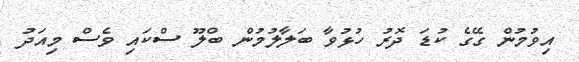
އިވުމުން ގޭގެ ކުޑަ ދޮރު ހުޅުވާ ބަލާލުމުން ބްލޫ ސްކައި ވެސް މިއަދު